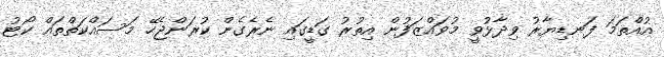
އުއްތަމަ ފަނޑިޔާރު ވިދާޅުވީ މުވައްޒަފުން އިތުރު ގަޑީގައި ނެރެގެން ކުރަންޖެހޭ މަސައްްކަތްތައް ކޯޓު